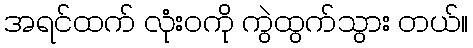
အရင်ထက် လုံးဝကို ကွဲထွက်သွား တယ်။